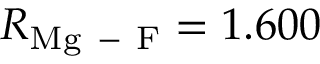
R _ { \mathrm { M g \mathrm { ~ - ~ } F } } = 1 . 6 0 0